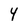
Character: 4